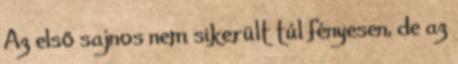
Az első sajnos nem sikerült túl fényesen, de az